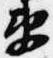
衛